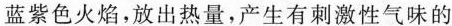
蓝紫色火焰，放出热量，产生有刺激性气味的